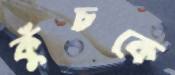
কুঁচকে